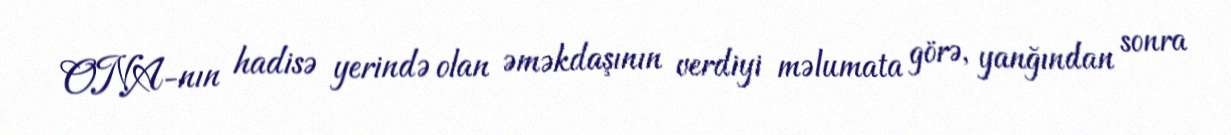
ONA-nın hadisə yerində olan əməkdaşının verdiyi məlumata görə, yanğından sonra